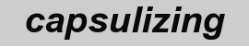
capsulizing